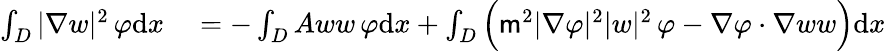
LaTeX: \begin{array}{rl}{\int_{D}|\nabla w|^{2}\, \varphi\mathrm{d}x}&{{}=-\int_{D}Aww\, \varphi\mathrm{d}x+\int_{D}\Big(\mathsf{m}^{2}|\nabla\varphi|^{2}|w|^{2}\, \varphi-\nabla\varphi\cdot\nabla ww\Big)\mathrm{d}x}\end{array}